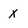
Character: X